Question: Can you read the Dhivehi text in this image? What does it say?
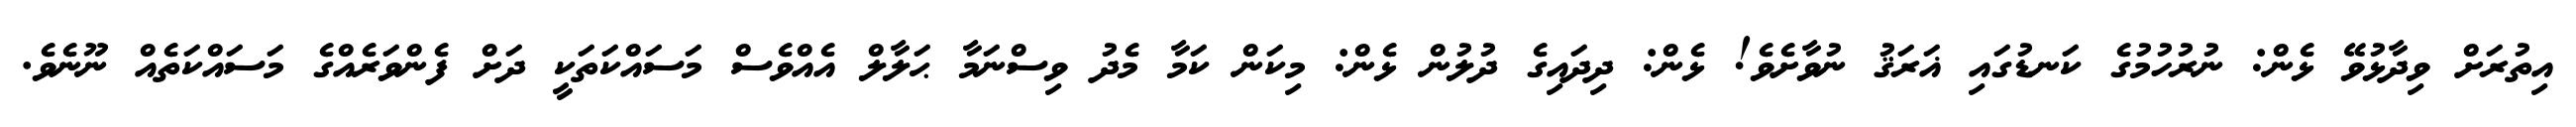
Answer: އިތުރަށް ވިދާޅުވޭ ޅެން: ނުރުހުމުގެ ކަނޑުގައި ޣަރަޤު ނުވާށެވެ! ޅެން: ދިދައިގެ ދުލުން ޅެން: މިކަން ކަމާ މެދު ވިސްނަމާ ޙަލާލް އެއްވެސް މަސައްކަތަކީ ދަށް ފެންވަރެއްގެ މަސައްކަތެއް ނޫނެވެ.